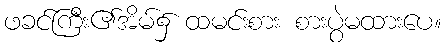
ဖခင်ကြီး၏အိမ်၌ ထမင်းစား စားပွဲမထားပေ။